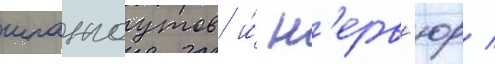
шпангоутов и́ н'ерв'юр /